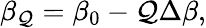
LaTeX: \beta_{\mathcal{Q}}=\beta_{0}-\mathcal{Q}\Delta\beta,